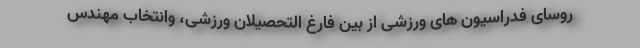
روسای فدراسیون های ورزشی از بین فارغ التحصیلان ورزشی، وانتخاب مهندس